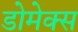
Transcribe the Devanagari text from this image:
डोमेक्स